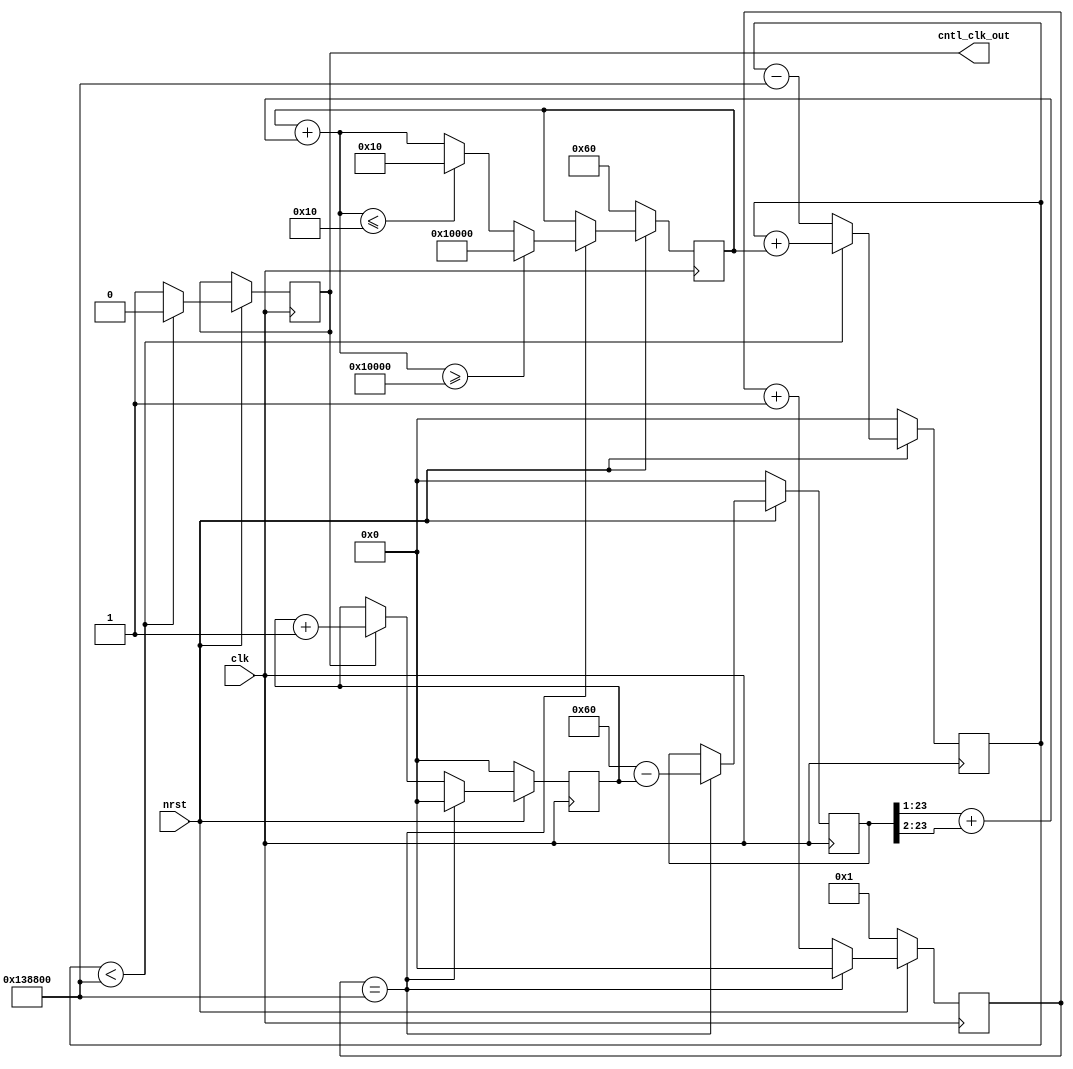
module BAUD_GEN
#(
	parameter BAUD_RATE = 16'd9600,
	parameter FLL_CNTL_PARAM = 24'd1280000,
	parameter FLL_CNTL_FREQ = 16'd100,
	parameter BAUD_INITIAL = 24'd96
)
(
	input wire clk,
	input wire nrst,
	output reg cntl_clk_out
);

localparam MAX_VCO_CNT = 24'sd65536;
localparam MIN_VCO_CNT = 24'sd16;
wire[23:0] baud_cnt_ref;
assign baud_cnt_ref = BAUD_RATE/FLL_CNTL_FREQ;

reg[23:0] baud_vco;
reg[23:0] baud_vco_cnt_loc;
always @(posedge clk)
if(!nrst) begin
	baud_vco_cnt_loc <= 24'h0;
end
else begin
	if(baud_vco_cnt_loc < FLL_CNTL_PARAM) begin
		baud_vco_cnt_loc <= baud_vco_cnt_loc + baud_vco;
		cntl_clk_out <= 1'b0;
	end
	else begin
		baud_vco_cnt_loc <= baud_vco_cnt_loc - FLL_CNTL_PARAM;
		cntl_clk_out <= 1'b1;
	end
end
reg[23:0] baud_counter;
reg[23:0] clk_counter;
reg signed[23:0] baud_err;
wire cntl_flag;
assign cntl_flag = (clk_counter==FLL_CNTL_PARAM);

always @(posedge clk)
if(!nrst) begin
	baud_counter <= 24'b0;
	clk_counter <= 24'b1;
	baud_err <= 24'sd0;
end
else begin
	clk_counter <= clk_counter + 24'h1;
	if(cntl_clk_out) begin
		baud_counter<= baud_counter + 24'h1;
	end
	if(clk_counter == FLL_CNTL_PARAM)
	begin
		baud_err <= $signed(baud_cnt_ref) - $signed(baud_counter);
		baud_counter <= 24'b0;
		clk_counter <= 24'b0;
	end
end
wire signed[23:0] baud_err_k,baud_vco_temp;
assign baud_err_k = (baud_err >>> 'd1)+(baud_err >>> 'd2);
assign baud_vco_temp = $signed(baud_vco) +baud_err_k;
always @(posedge clk)
if(!nrst) begin
	baud_vco <= BAUD_INITIAL;
end
else begin
	if(cntl_flag) begin
		if(baud_vco_temp >= MAX_VCO_CNT) baud_vco <= $unsigned(MAX_VCO_CNT);
		else if(baud_vco_temp <= MIN_VCO_CNT) baud_vco <= $unsigned(MIN_VCO_CNT);
		else baud_vco <= $unsigned(baud_vco_temp);
	end
end
endmodule

module BITSTREAM_GEN #(
    parameter integer data_width = 32
)
(
	input wire clk,
	input wire nrst,
	input wire[data_width-1:0] byte_in,
	input wire byte_latch,
	input wire en,
	output reg bit_out,
	output reg is_empty
);
reg[data_width-1:0] byte_buffer1,byte_buffer2;
reg[data_width-1:0] idx_cnt;
reg ping_pong;
always @(posedge clk)
if(!nrst) begin
	idx_cnt <= 8'd0;
	byte_buffer1 <= 32'd0;
	byte_buffer2 <= 32'd0;
	ping_pong <= 1'b0;
	bit_out <= 1'b0;
	is_empty <= 1'b1;
end
else begin
	if(byte_latch) begin
		if(ping_pong) byte_buffer1 <= byte_in;
		else byte_buffer2 <= byte_in;
	end
	if(en) begin
		if(idx_cnt != 8'd0) begin
			idx_cnt <= idx_cnt - 8'd1;
			is_empty <= 1'b0;
		end
		else begin
			ping_pong <= ~ping_pong;
			is_empty <= 1'b1;
			idx_cnt <= 8'd31;
		end
		bit_out <= (ping_pong)?byte_buffer2[idx_cnt]:byte_buffer1[idx_cnt];
	end 
	
end
endmodule 

module BPSK_Ctrl
#(
           parameter integer data_width = 32,
           parameter integer frame_length = 38,
           parameter integer addr_width = 32,
           parameter integer ref_clk_freq = 128000000,
           parameter integer baudrate = 9600
)
(
           input                            clk        , //
           input                            rst_n      , //
           input                            power_on, //=1, 

           // RAM
           output                           ram_clk    , //RAM
           input        [data_width-1 : 0]  ram_rd_data, //RAM
           output  wire                     ram_en     , //RAM
           output  reg  [addr_width-1 : 0]  ram_addr   , //RAM
           
           output  reg  [3:0]               ram_we     , //RAM 1 0
           output  reg  [data_width-1 : 0]  ram_wr_data, //RAM
           output  reg                      ram_rst    , //RAM,

		   //    4Kram,  0~148   256~404ram1  512~660ram2
		   input [1:0]                      dual_ram_num    , //01b=ram1 10b=ram2 00b=ram0
		   output [1:0]						interrupt_num ,   // 01b=ram1 10b=ram2 
           // phase ctrl
           output reg                       gen_en     ,
           output reg                       phase_ctrl ,
           output reg                       baud
	
);
localparam EMPTY_FRAME_BASEADDR = 32'h0;
localparam RAM1_BASEADDR = 32'h100;
localparam RAM2_BASEADDR = 32'h200;

wire bit_signal;
wire clk_baud;
reg ram_latch_enable;
reg [data_width-1:0] data;
BAUD_GEN baud_inst
(
	.clk(clk),
	.nrst(rst_n),
	.cntl_clk_out(clk_baud)
);
// 4800k, 
always @ (posedge clk) begin
    if(!rst_n)
        baud <= 1'd0;
    else
    if (clk_baud)
        baud <= ~baud;
end
BITSTREAM_GEN #(
    .data_width(data_width)
) bitstream_inst
(
	.clk(clk),
	.nrst(rst_n),
	.byte_in(data),
	.byte_latch(ram_latch_enable),
	.is_empty(ram_en),
	.en(clk_baud & power_on),
	.bit_out(bit_signal)
);

assign ram_clk = clk;
reg ram_en_legacy;
always @ (posedge clk) begin
    if (!rst_n) begin
        data <= 32'h0;
        ram_addr <= 32'd0;
        ram_we <= 4'd0;
        ram_wr_data <= 32'd0;
        ram_rst <= 1'b0;
    end
    else begin
		ram_en_legacy <= ram_en;
    	if(!ram_en_legacy & ram_en) ram_latch_enable <= 1'b1;
		else ram_latch_enable <= 1'b0;
		
		if(ram_latch_enable) begin
			if (ram_addr == 32'd152-32'd4 || ram_addr == RAM1_BASEADDR+32'd152-32'd4 || ram_addr == RAM2_BASEADDR+32'd152-32'd4) begin
				case(dual_ram_num) //01b=ram1 10b=ram2 00b=ram0
					2'b00:
						ram_addr <= EMPTY_FRAME_BASEADDR; 
					2'b01:
						ram_addr <= RAM1_BASEADDR;
					2'b10:
						ram_addr <= RAM2_BASEADDR;
					default:
						ram_addr <= EMPTY_FRAME_BASEADDR;
				endcase
			end
    		else ram_addr <= ram_addr + 32'd4;  // 32, 8bit!!
		end
		data <= ram_rd_data;
    end
end

// , , (),ram.
wire interrupt_ram1;
wire interrupt_ram2;
assign interrupt_ram1 = (ram_addr == RAM1_BASEADDR+32'd152-32'd4) && power_on;
assign interrupt_ram2 = (ram_addr == RAM2_BASEADDR+32'd152-32'd4) && power_on;
assign interrupt_num = {interrupt_ram2, interrupt_ram1};

always @(posedge clk)
if(!rst_n) begin
	phase_ctrl <= 1'b0;
end
else begin
	if(bit_signal & clk_baud) phase_ctrl <= ~phase_ctrl;
	gen_en <= power_on;
end
endmodule